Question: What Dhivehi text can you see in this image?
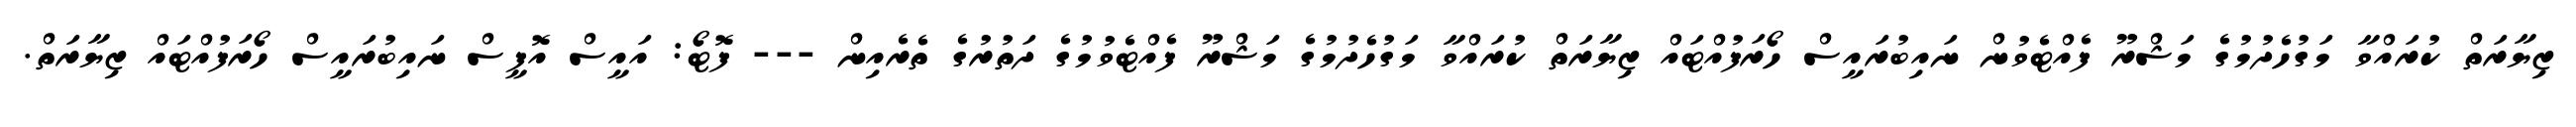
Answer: ޒިޔާރަތް ކުރައްވާ މަގުހެދުމުގެ މަޝްރޫ ފެއްޓެވުން ނައިބުރައީސް ހޯރަފުއްޓައް ޒިޔާރަތް ކުރައްވާ މަގުހެދުމުގެ މަޝްރޫ ފެއްޓެވުމުގެ ދަތުރުގެ ތެރެއިން --- ފޮޓޯ: އައީސް އޮފީސް ނައިބުރައީސް ހޯރަފުއްޓައް ޒިޔާރަތް.